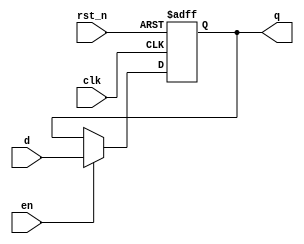
module dff_4(q, d, en, rst_n, clk);
	input [3:0] d;
	input en, rst_n, clk;
	output reg [3:0] q;

	always @(posedge clk, negedge rst_n) begin
		if(rst_n) begin
			if(en) q <= d;
			else q <= q;
		end else q <= 0;
	end

endmodule